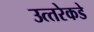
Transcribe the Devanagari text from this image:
उत्‍तरेकडे